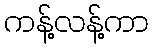
ကန့်လန့်ကာ